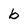
Character: b